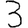
Digit: 3